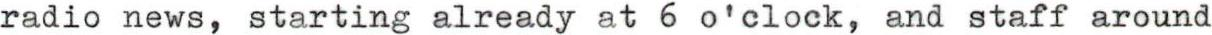
radio news, starting already at 6 o'clock, and staff around